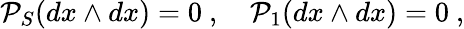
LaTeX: {\cal P}_{S}(dx\wedge dx)=0\ ,\quad{\cal P}_{1}(dx\wedge dx)=0\ ,